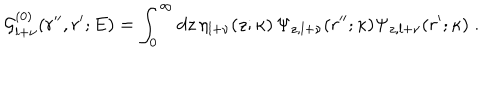
{ \mathcal G } _ { l + \nu } ^ { ( 0 ) } ( r ^ { \prime \prime } , r ^ { \prime } ; E ) = \int _ { 0 } ^ { \infty } d z \, \eta _ { l + \nu } ( z ; \kappa ) \, \Psi _ { z , l + \nu } ( r ^ { \prime \prime } ; \kappa ) \Psi _ { z , l + \nu } ( r ^ { \prime } ; \kappa ) \; .